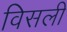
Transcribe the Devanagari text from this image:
विसली